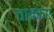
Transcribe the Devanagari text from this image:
चाबकर